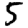
Digit: 5